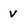
Character: v